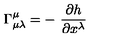
\Gamma _ { \mu \lambda } ^ { \mu } = - \ \frac { \partial h } { \partial x ^ { \lambda } }